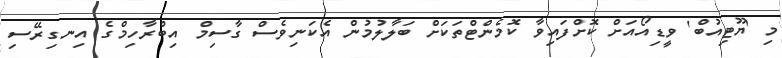
މި 'ޔޫޓިއުބް' ވީޑިއޯއަށް ކޮށްފައިވާ ކޮމެންޓްތަކަށް ބަލާލުމުން އެކަނިވެސް ގާސިމް އިބްރާހިމްގެ އިނގިރޭސި